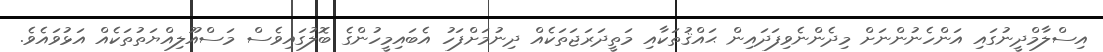
އިސްލާމްދީނުގައި އަންހެނުންނަށް މިދެންނެވިފަދައިން ޙައްޤުތަކާއި މަތީދަރަޖަތަކެއް ދިނުމަށްފަހު އެބައިމީހުންގެ ބޮލުގައިވެސް މަސްއޫލިއްޔަތުތަކެއް އަޅުވައެވެ.